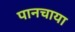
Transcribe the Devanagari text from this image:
पानचाया